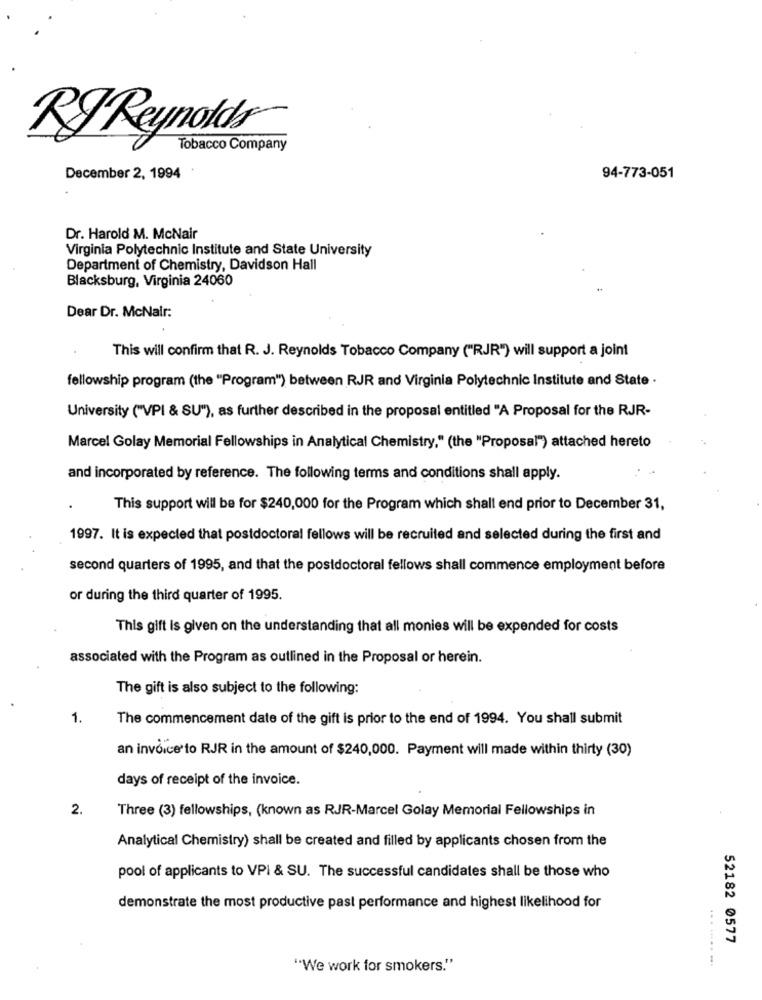
RIReynolds®
Tobacco Company
December 2, 1994
94-773-051
Dr. Harold M. McNair
Virginia Polytechnic Institute and State University
Department of Chemistry, Davidson Hall
Blacksburg, Virginia 24060
Dear Dr. McNair:
This will confirm that R. J. Reynolds Tobacco Company ("RJR") will support a joint
fellowship program (the "Program") between RJR and Virginia Polytechnic Institute and State .
University ("VPI & SU"), as further described in the proposal entitled "A Proposal for the RJR-
Marcel Golay Memorial Fellowships in Analytical Chemistry," (the "Proposal") attached hereto
and incorporated by reference. The following terms and conditions shall apply.
This support will be for $240,000 for the Program which shall end prior to December 31,
1997. It is expected that postdoctoral fellows will be recruited and selected during the first and
second quarters of 1995, and that the postdoctoral fellows shall commence employment before
or during the third quarter of 1995.
This gift is given on the understanding that all monies will be expended for costs
associated with the Program as outlined in the Proposal or herein.
The gift is also subject to the following:
1.
The commencement date of the gift is prior to the end of 1994. You shall submit
an invoice to RJR in the amount of $240,000. Payment will made within thirty (30)
days of receipt of the invoice.
2.
Three (3) fellowships, (known as RJR-Marcel Golay Memorial Fellowships in
Analytical Chemistry) shall be created and filled by applicants chosen from the
pool of applicants to VPI & SU. The successful candidates shall be those who
demonstrate the most productive past performance and highest likelihood for
52182 0577
... ..... ...
"We work for smokers."